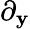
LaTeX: \partial_{\mathbf{y}}